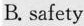
B. safety